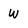
Character: w